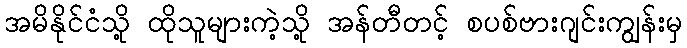
အမိနိုင်ငံသို့ ထိုသူများကဲ့သို့ အန်တီတင့် စပစ်ဗားဂျင်းကျွန်းမှ